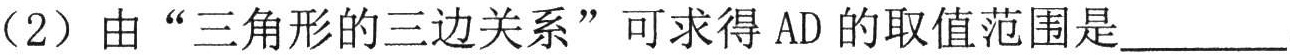
（2）由“三角形的三边关系”可求得 AD 的取值范围是________